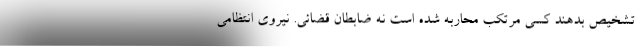
تشخیص بدهند کسی مرتکب محاربه شده است نه ضابطان قضائی. نیروی انتظامی